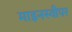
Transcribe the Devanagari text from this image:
माइनस्वीपर